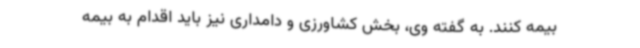
بیمه کنند. به گفته وی، بخش کشاورزی و دامداری نیز باید اقدام به بیمه